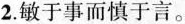
2.敏于事而慎于言。